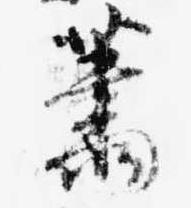
蕭